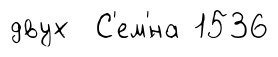
двух С'ем'́на 1536